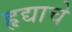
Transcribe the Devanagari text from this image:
हृद्याचे